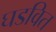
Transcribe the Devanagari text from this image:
घडवित